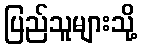
ပြည်သူများသို့